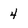
Character: 4